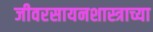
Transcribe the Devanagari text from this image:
जीवरसायनशास्त्राच्या